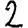
Digit: 2